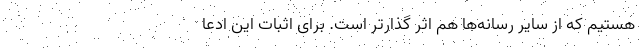
هستیم که از سایر رسانه‌ها هم اثر گذارتر است. برای اثبات این ادعا